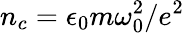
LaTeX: n_{c}=\epsilon_{0}m\omega_{0}^{2}/e^{2}